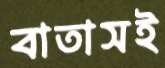
বাতাসই